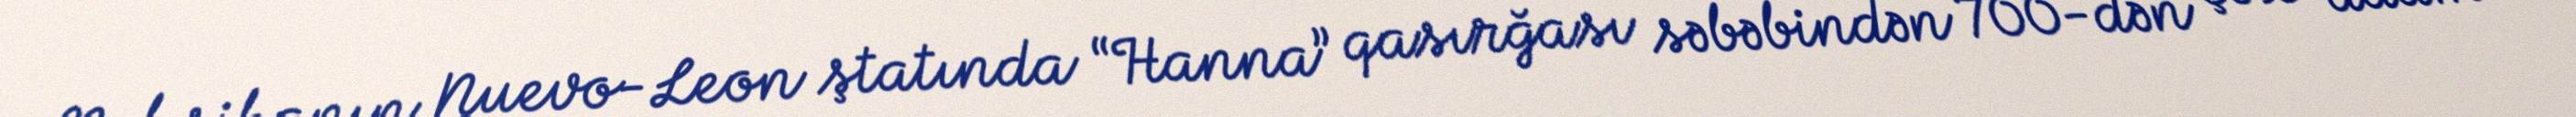
Meksikanın Nuevo-Leon ştatında “Hanna” qasırğası səbəbindən 700-dən çox adam